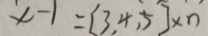
x - 1 = [ 3 , 4 , 5 ] \times n